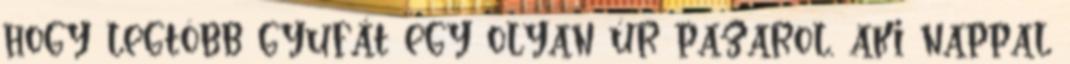
hogy legtöbb gyufát egy olyan úr pazarol, aki nappal